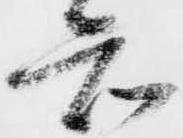
知